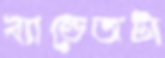
ব্যান্ডেজটা